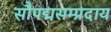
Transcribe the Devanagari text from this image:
सौपद्मसम्प्रदाय